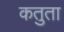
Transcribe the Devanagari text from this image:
कतुता